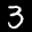
Label: 3